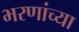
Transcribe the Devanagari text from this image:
भरणांच्या